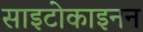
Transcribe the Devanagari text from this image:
साइटोकाइनन